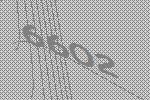
6602